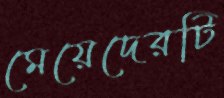
মেয়েদেরটি